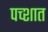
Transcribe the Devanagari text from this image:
पच्शात